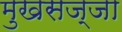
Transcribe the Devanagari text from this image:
मुखसज्जा